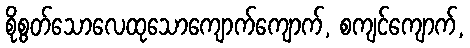
စိုစွတ်သောလေထုသောကျောက်ကျောက်, စကျင်ကျောက်,